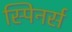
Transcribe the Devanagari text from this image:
स्पिनर्स